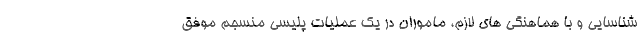
شناسایی و با هماهنگی های لازم، ماموران در یک عملیات پلیسی منسجم موفق